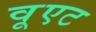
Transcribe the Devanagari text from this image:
वूएट